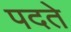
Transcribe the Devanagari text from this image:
पदते